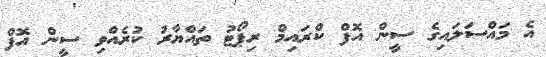
އެ މައްސަލައިގެ ސީން އޮފް ކްރައިމް ރިޕޯޓު ތައްޔާރު ކުރެއްވި ސީން އޮފް